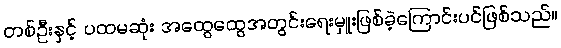
တစ်ဦးနှင့် ပထမဆုံး အထွေထွေအတွင်းရေးမှူးဖြစ်ခဲ့ကြောင်းပင်ဖြစ်သည်။